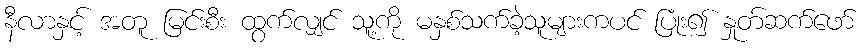
နီလာနှင့် အတူ မြင်းစီး ထွက်လျှင် သူ့ကို မနှစ်သက်ခဲ့သူများကပင် ပြုံး၍ နှုတ်ဆက်ဖော်